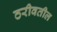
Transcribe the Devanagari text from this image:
ठरीवतील